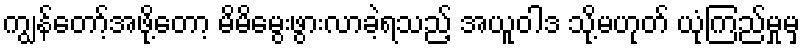
ကျွန်တော့်အဖို့တော့ မိမိမွေးဖွားလာခဲ့ရသည့် အယူဝါဒ သို့မဟုတ် ယုံကြည်မှုမှ